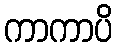
ကာကာပိ